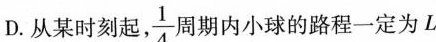
D.从某时刻起， \frac{1}{4} 周期内小球的路程一定为L